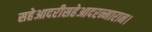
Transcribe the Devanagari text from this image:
सहेआदरीसहेआदरन्मारान।